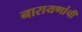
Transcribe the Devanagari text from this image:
नारायणांची